Vaccine operations Central Provinces 1900-1911 - 1900-1911
Year: 1900
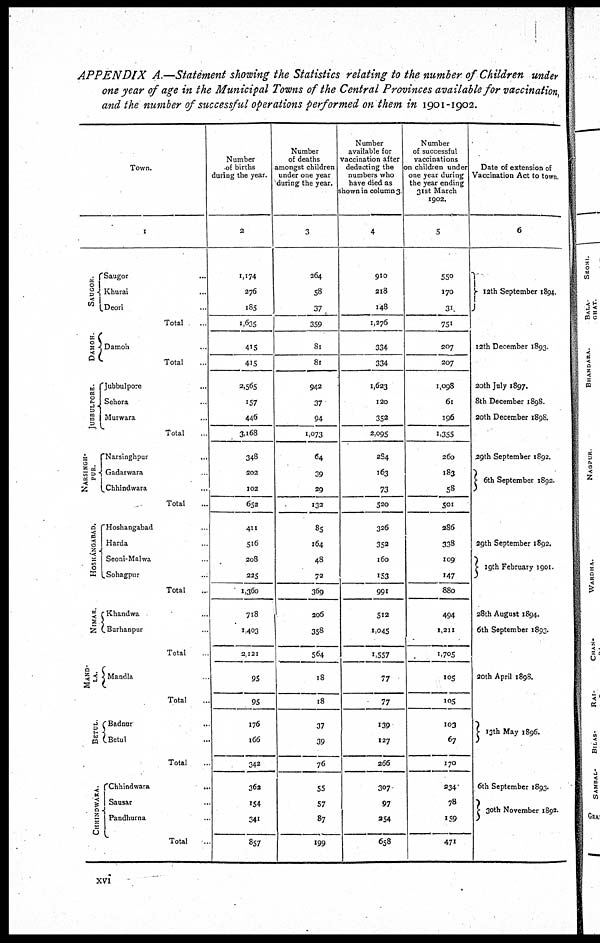
APPENDIX A.—Statement showing the Statistics relating to the number of Children under
one year of age in the Municipal Towns of the Central Provinces available for vaccination,
and the number of successful operations performed on them in 1901-1902.
Town.
1
SAUGOR.
DAMOH.
JUBBULPORE.
NARSINGH¬
PUR.
HOSHANGABAD.
NIMAR.
MAND¬
LA.
BETUL.
CHHINDWARA.
Saugor ...
Khurai ...
Deori ...
Total ...
Damoh ...
Total ...
Jubbulpore ...
Sehora ...
Murwara ...
Total ...
Narsinghpur ...
Gadarwara ...
Chhindwara ...
Total ...
Hoshangabad ...
Harda ...
Seoni-Malwa
Sohagpur ...
Total
Khandwa ...
Burhanpur ...
Total ...
Mandla ...
Total ...
Badnur ...
Betul ...
Total ...
Chhindwara ...
Sausar ...
Pandhurna ...
Total ...
Number
of births
during the year.
2
1,174
276
185
1,635
415
415
2,565
157
446
3,168
348
202
102
652
411
516
208
225
1,360
718
1,403
2,121
95
95
176
166
342
362
154
341
857
Number
of deaths
amongst children
under one year
during the year.
3
264
58
37
359
81
81
942
37
94
1,073
64
39
29
132
85
164
48
72
369
206
358
564
18
18
37
39
76
55
57
87
199
Number
available for
vaccination after
deducting the
numbers who
have died as
shown in column 3
4
910
218
148
1,276
334
334
1,623
120
352
2,095
284
163
73
520
326
352
160
153
991
512
1,045
1,557
77
77
139
127
266
307
97
354
658
Number
of successful
vaccinations
on children under
one year during
the year ending
31st March
1902.
5
550
170
31
751
207
207
1,098
61
196
1,355
260
183
58
501
286
338
109
147
880
494
1,211
1,705
105
105
103
67
170
234
78
159
471
Date of extension of
Vaccination Act to town.
6
12th September 1894.
12th December 1893.
20th July 1897.
8th December 1898.
20th December 1898.
29th September 1892.
6th September 1892.
29th September 1892.
19th February 1901.
28th August 1894.
6th September 1893.
20th April 1898.
13th May 1896.
6th September 1893.
30th November 1892.
xvi